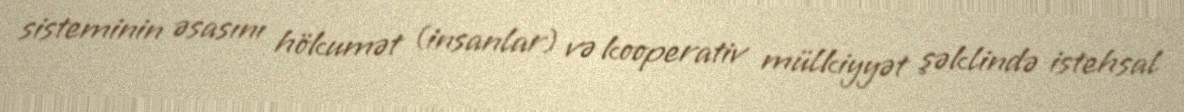
sisteminin əsasını hökumət (insanlar) və kooperativ mülkiyyət şəklində istehsal